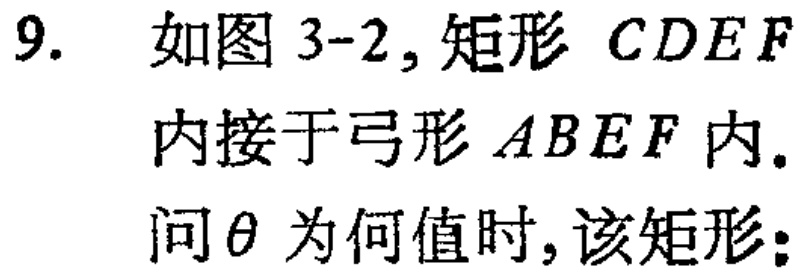
9. 如图 3-2, 矩形 \(CDEF\) 内接于弓形 \(ABEF\) 内. 问\(\theta\) 为何值时, 该矩形：